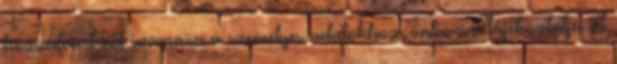
hozzáférést ad számára a személyes adatokhoz, valamint tájékoztatja őt